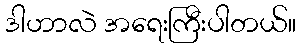
ဒါဟာလဲ အရေးကြီးပါတယ်။